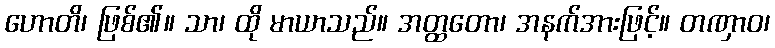
ဟောတိ၊ ဖြစ်၏။ သာ၊ ထို မာယာသည်။ အတ္ထတော၊ အနက်အားဖြင့်။ တဏှာဝ၊